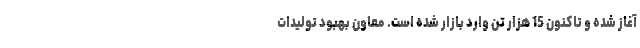
آغاز شده و تاکنون 15 هزار تن وارد بازار شده است. معاون بهبود تولیدات